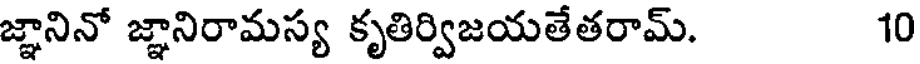
జ్ఞానినో జ్ఞానిరామస్య కృతిర్విజయతేతరామ్. 10